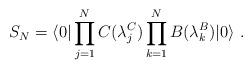
LaTeX: \begin{align*}{S}_N = {\langle 0| \prod_{j=1}^{N} C(\lambda_j^C)\prod_{k=1}^{N}B(\lambda_k^B)|0\rangle}\ .\end{align*}